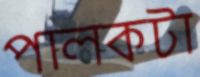
পালকটা